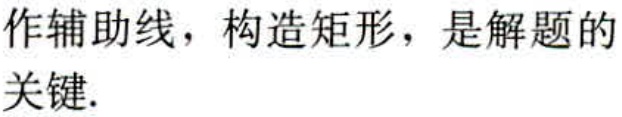
作辅助线，构造矩形，是解题的关键.